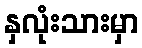
နှလုံးသားမှာ